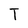
Character: T